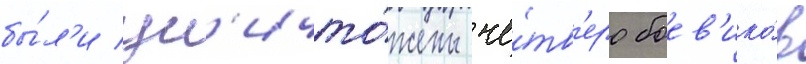
бы́л'и ун'ичто́жены че́тв'еро боев'ико́в